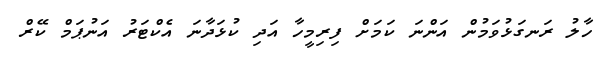
ހާލު ރަނގަޅުވަމުން އަންނަ ކަމަށް ފިރިމީހާ އަދި ކުޅަދާނަ އެކްޓަރު އަނުޕަމް ކޭރް